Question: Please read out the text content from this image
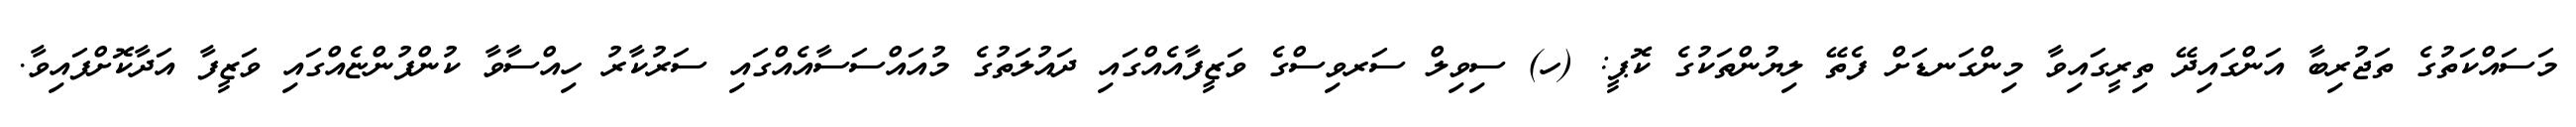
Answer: މަސައްކަތުގެ ތަޖުރިބާ އަންގައިދޭ ތިރީގައިވާ މިންގަނޑަށް ފެތޭ ލިޔުންތަކުގެ ކޮޕީ: (ހ) ސިވިލް ސަރވިސްގެ ވަޒީފާއެއްގައި ދައުލަތުގެ މުއައްސަސާއެއްގައި ސަރުކާރު ހިއްސާވާ ކުންފުންޏެއްގައި ވަޒީފާ އަދާކޮށްފައިވާ.